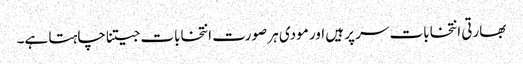
بھارتی انتخابات سر پر ہیں اور مودی ہر صورت انتخابات جیتنا چاہتا ہے۔